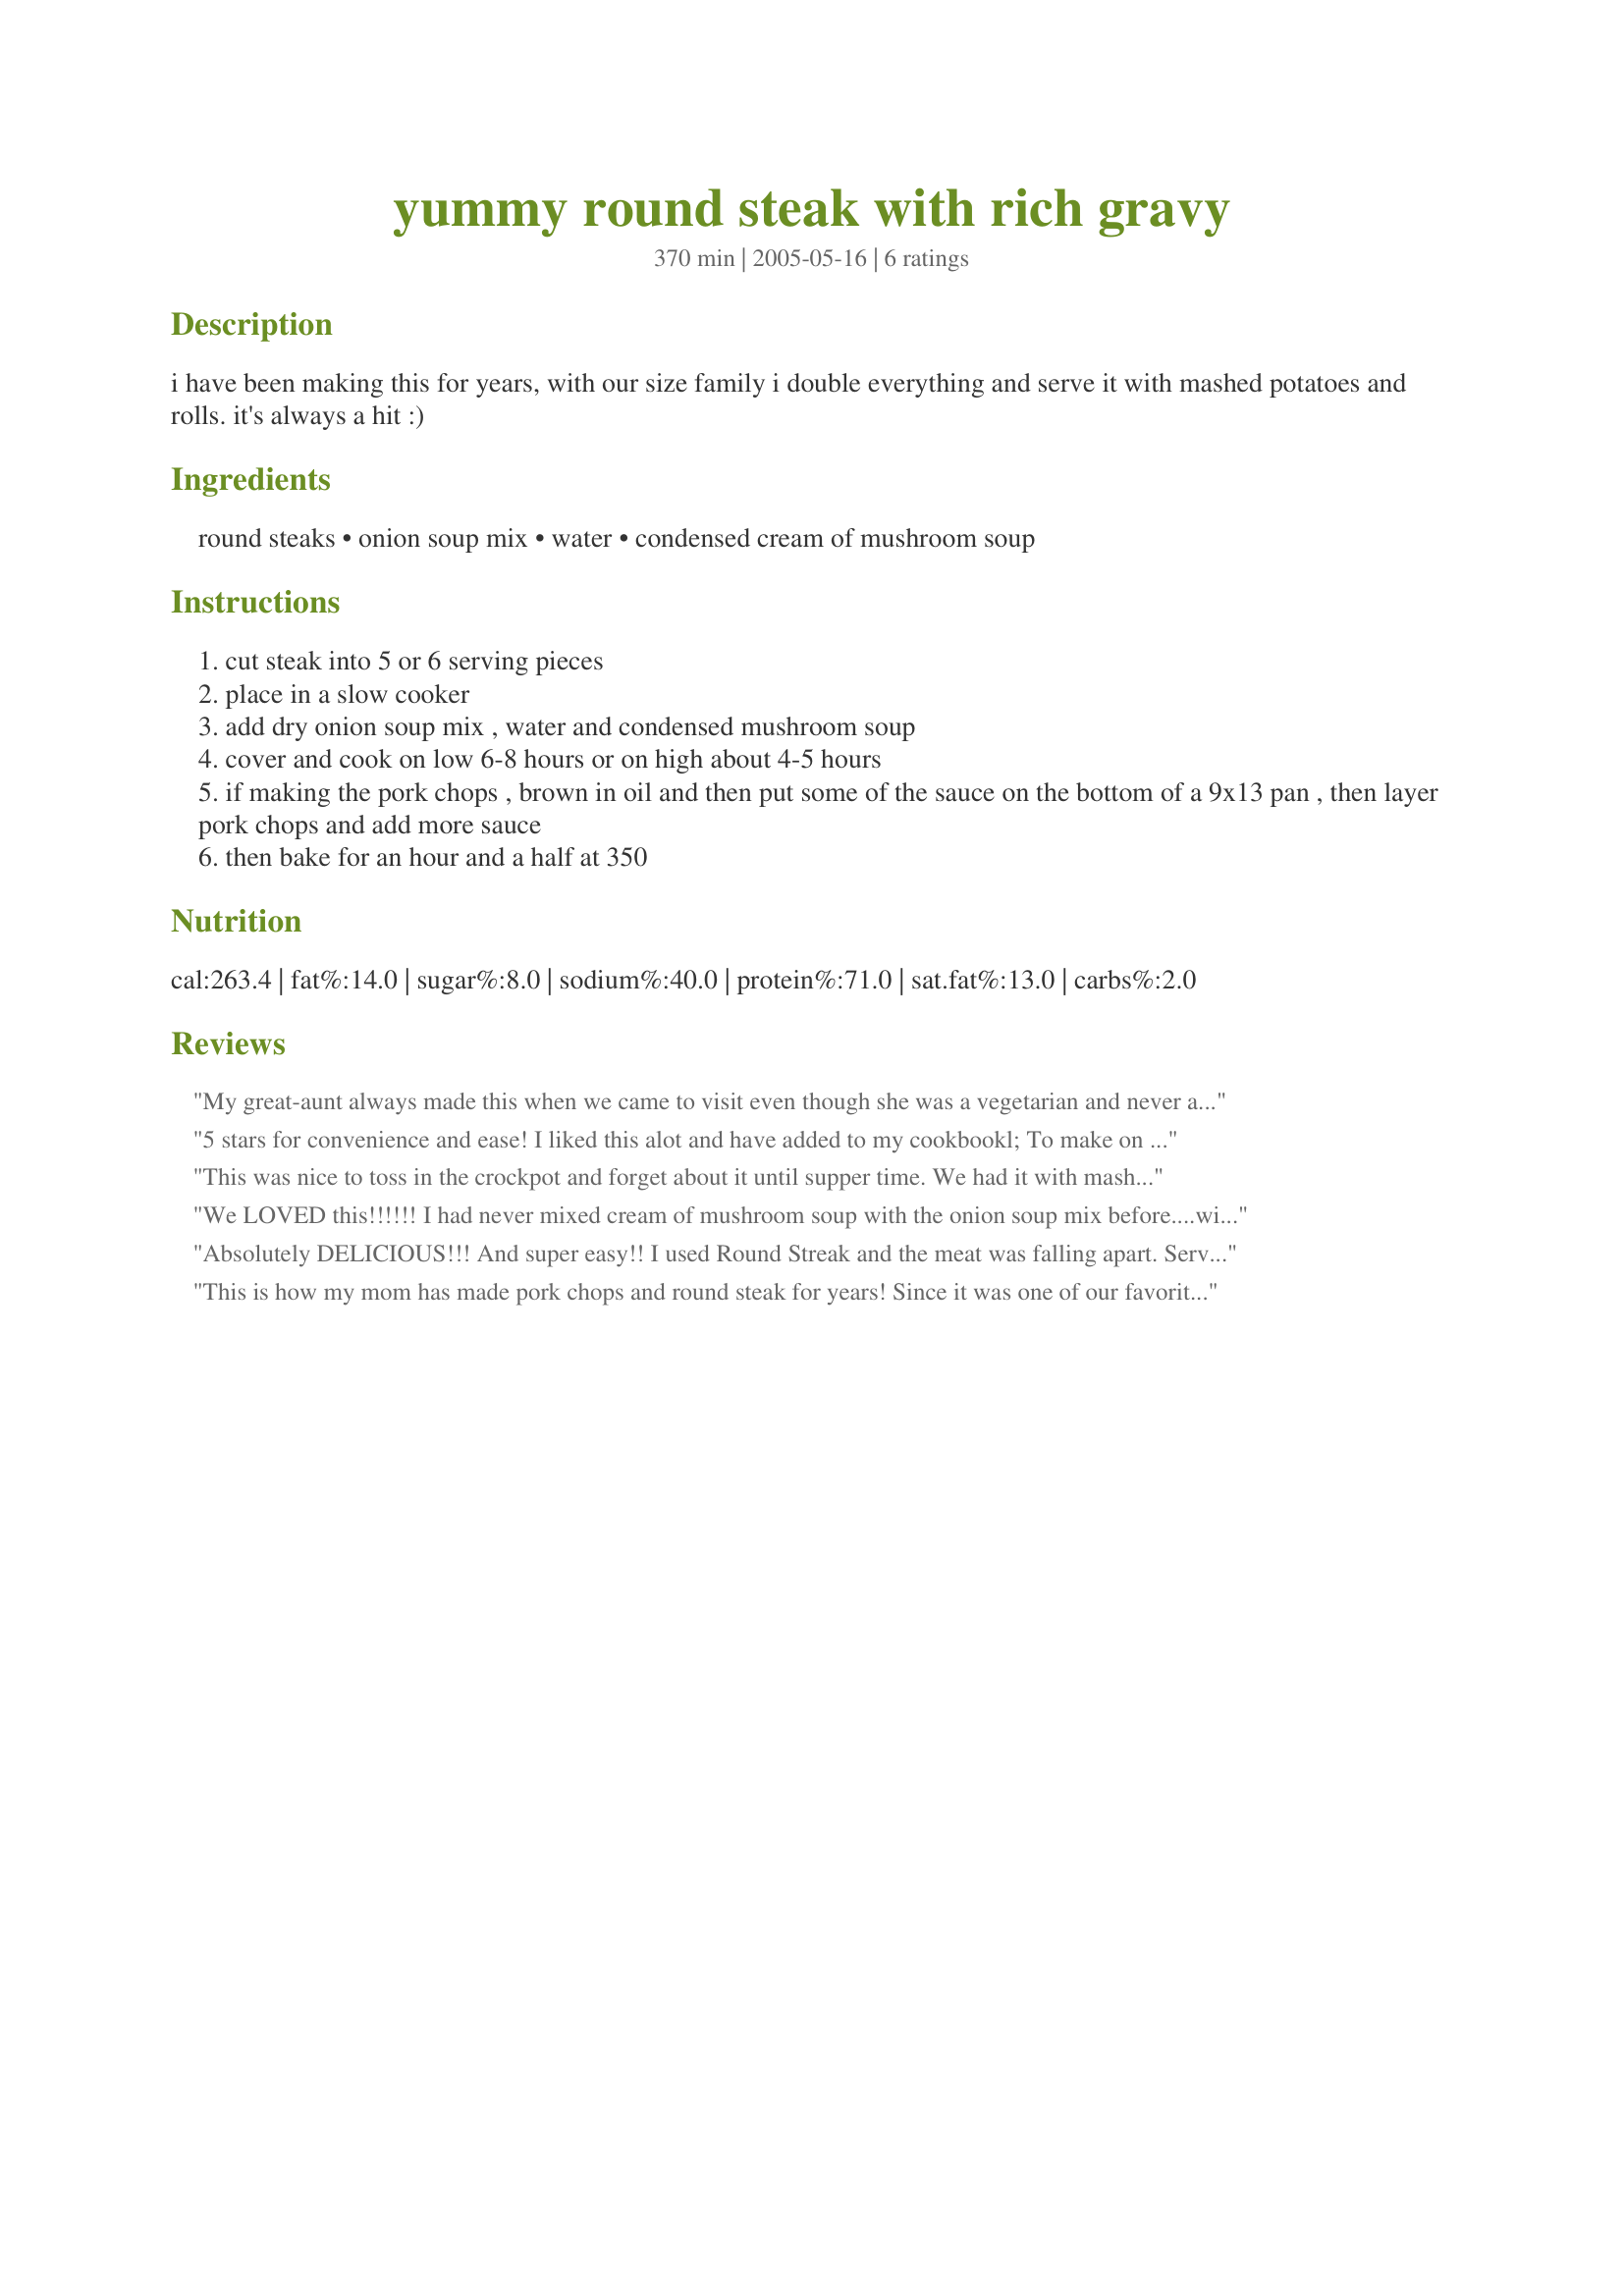
yummy round steak with rich gravy
Preparation time: 370 minutes

i have been making this for years, with our size family i double everything and serve it with mashed potatoes and rolls. it's always a hit :)

Ingredients:
round steaks, onion soup mix, water, condensed cream of mushroom soup

Steps:
cut steak into 5 or 6 serving pieces
place in a slow cooker
add dry onion soup mix , water and condensed mushroom soup
cover and cook on low 6-8 hours or on high about 4-5 hours
if making the pork chops , brown in oil and then put some of the sauce on the bottom of a 9x13 pan , then layer pork chops and add more sauce
then bake for an hour and a half at 350

Reviews:
My great-aunt always made this when we came to visit even though she was a vegetarian and never ate it herself. I use round steak...it creates a wonderfully rich gravy that must be served over mashed potatoes! The use of pork chops seems criminal :-)
5 stars for convenience and ease! I liked this alot and have added to my cookbookl; To make on a Monday at 6 am and come home to a cooked dinner after work is wonderful but doing this recipe on a Monday made it all the better!!!
 I did add garlic as I add it to almost everything for some kick and then added some cut onions (sauteed on stove) to the roast. Otherwise exactly as stated cooked on low. (will do the pork chops next Monday for another great Faith58 meal)
 Had this with smashed garlic potates and sweet corn...... WONDERFUL, the flavors melded great and the house smelled homespun. DFIL, DS and DH loved it.
Thank you for a easy meal that I could serve on a Sunday dinner platter for guests.
1-2-3- Hit Wonder Tag
This was nice to toss in the crockpot and forget about it until supper time. We had it with mashed potatoes and steamed broccoli. It was simple and tasty comfort food. Thanks for sharing!
We LOVED this!!!!!! I had never mixed cream of mushroom soup with the onion soup mix before....wish I had learned that trick YEARS ago! It is AWESOME!! I made these with pork chops and baked them, because that's what I had...but the "secret's in the sauce!" It can be made lots of ways!! Thanks Faith, I will be making this A LOT!!!! LOVED IT!!!!!! :)
Absolutely DELICIOUS!!! And super easy!! I used Round Streak and the meat was falling apart. Served with rice and corn on the cob. DH loved it!!!
This is how my mom has made pork chops and round steak for years! Since it was one of our favorites I had to give it a try in the slow cooker. Fork tender meat and the gravy is so good! DH loves his gravy and faith mentioned she doubles the soup and water so I did too. Perfect with mashed potatoes, creamed peas, and hard rolls. Sweetie thanks so much for a wonderful meal! Made and reviewed for Kittencal's What Kids Eat Tag Game.
